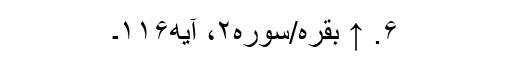
۶. ↑ بقره/سوره۲، آیه۱۱۶۔